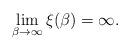
LaTeX: \begin{align*}\lim_{\beta\to\infty} \xi(\beta)=\infty.\end{align*}